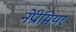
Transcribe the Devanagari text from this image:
नेप्रीमियर